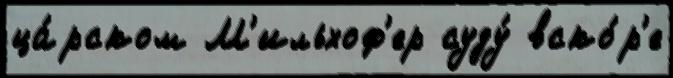
ца́рском М'ильхоф'ер суду́ вско́р'е